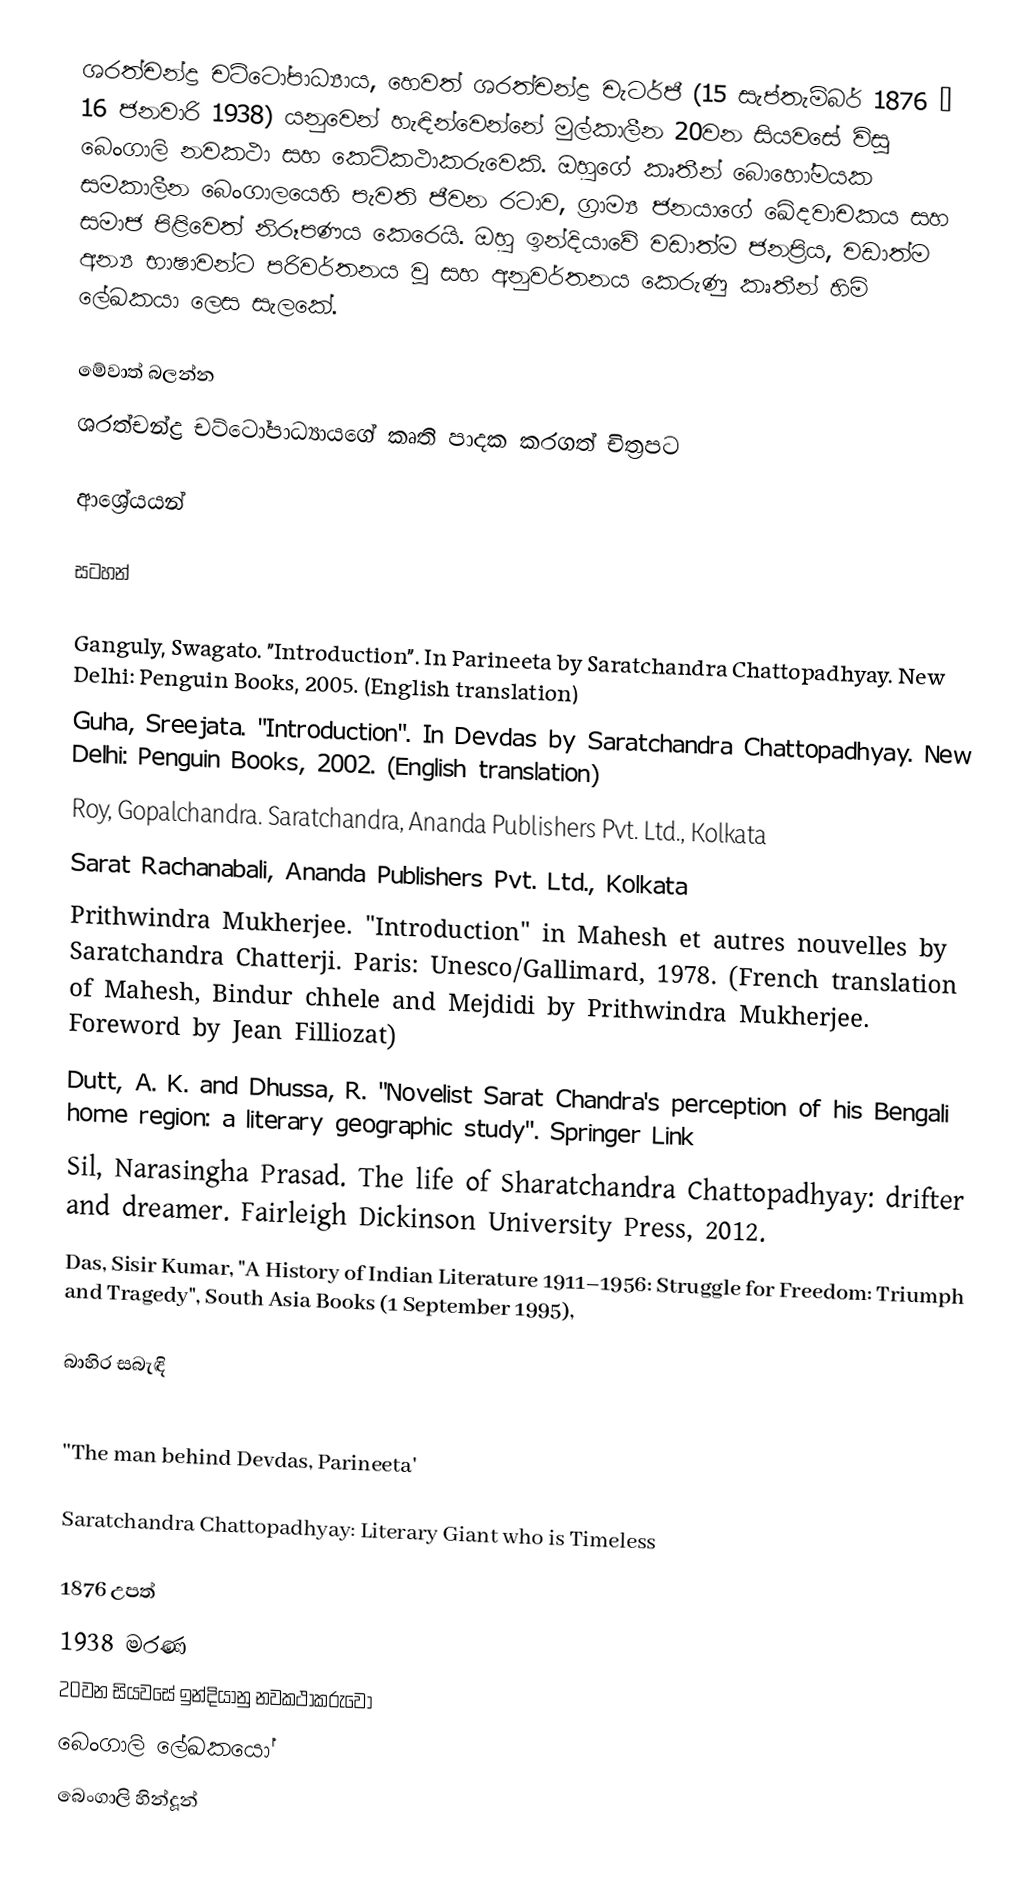
ශරත්චන්ද්‍ර චට්ටෝපාධ්‍යාය, හෙවත් ශරත්චන්ද්‍ර චැටර්ජී (15 සැප්තැම්බර් 1876 – 16 ජනවාරි 1938) යනුවෙන් හැඳින්වෙන්නේ මුල්කාලීන 20වන සියවසේ විසූ බෙංගාලි නවකථා සහ කෙටිකථාකරුවෙකි. ඔහුගේ කෘතීන් බොහෝමයක සමකාලීන බෙංගාලයෙහි පැවති ජීවන රටාව, ග්‍රාම්‍ය ජනයාගේ ඛේදවාචකය සහ සමාජ පිළිවෙත් නිරූපණය කෙරෙයි. ඔහු ඉන්දියාවේ වඩාත්ම ජනප්‍රිය, වඩාත්ම අන්‍ය භාෂාවන්ට පරිවර්තනය වූ සහ අනුවර්තනය කෙරුණු කෘතීන් හිමි ලේඛකයා ලෙස සැලකේ.

මේවාත් බලන්න
  ශරත්චන්ද්‍ර චට්ටෝපාධ්‍යායගේ කෘති පාදක කරගත් චිත්‍රපට

ආශ්‍රේයයන්

සටහන්

 Ganguly, Swagato. "Introduction". In Parineeta by Saratchandra Chattopadhyay. New Delhi: Penguin Books, 2005. (English translation)
 Guha, Sreejata. "Introduction". In Devdas by Saratchandra Chattopadhyay. New Delhi: Penguin Books, 2002. (English translation)
 Roy, Gopalchandra. Saratchandra, Ananda Publishers Pvt. Ltd., Kolkata
 Sarat Rachanabali, Ananda Publishers Pvt. Ltd., Kolkata
 Prithwindra Mukherjee. "Introduction" in Mahesh et autres nouvelles by Saratchandra Chatterji. Paris: Unesco/Gallimard, 1978. (French translation of Mahesh, Bindur chhele and Mejdidi by Prithwindra Mukherjee. Foreword by Jean Filliozat)
 Dutt, A. K. and Dhussa, R. "Novelist Sarat Chandra's perception of his Bengali home region: a literary geographic study". Springer Link
 Sil, Narasingha Prasad. The life of Sharatchandra Chattopadhyay: drifter and dreamer. Fairleigh Dickinson University Press, 2012.
 Das, Sisir Kumar, "A History of Indian Literature 1911–1956: Struggle for Freedom: Triumph and Tragedy", South Asia Books (1 September 1995),

බාහිර සබැඳි

 ''The man behind Devdas, Parineeta'

Saratchandra Chattopadhyay: Literary Giant who is Timeless

1876 උපත්
1938 මරණ
20වන සියවසේ ඉන්දියානු නවකථාකරුවෝ
බෙංගාලි ලේඛකයෝ
බෙංගාලි හින්දූන්